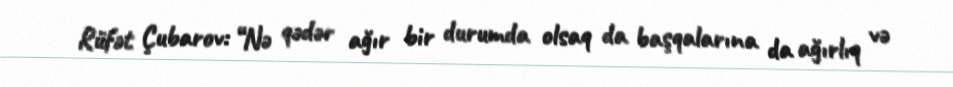
Rüfət Çubarov: “Nə qədər ağır bir durumda olsaq da başqalarına da ağırlıq və